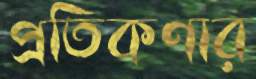
প্রতিকণার